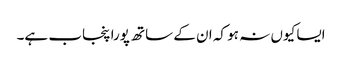
ایسا کیوں نہ ہو کہ ان کے ساتھ پورا پنجاب ہے۔